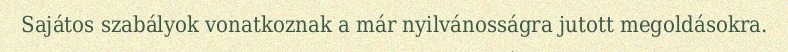
Sajátos szabályok vonatkoznak a már nyilvánosságra jutott megoldásokra.